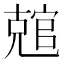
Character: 𰍛